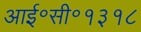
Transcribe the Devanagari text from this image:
आई॰सी॰१३१८